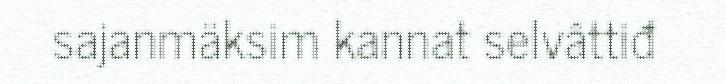
sajanmäksim kannat selvâttiđ